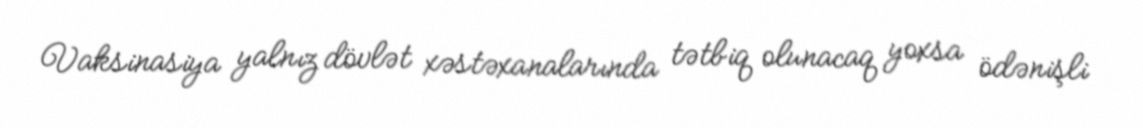
Vaksinasiya yalnız dövlət xəstəxanalarında tətbiq olunacaq yoxsa ödənişli